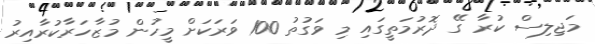
މަޖިލިސް ކުރާ ގޭ ދޮރުމަތީގައި މި ވަގުތު 100 ވަރަކަށް މީހުން މުޒާހަރާކުރާއިރު